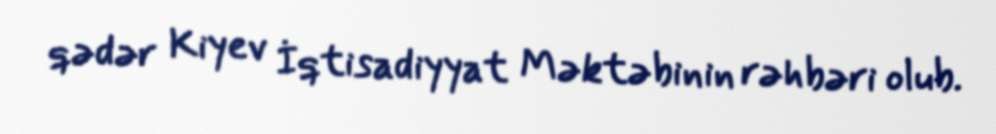
qədər Kiyev İqtisadiyyat Məktəbinin rəhbəri olub.